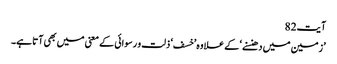
آیت82
’زمین میں دھنسنے‘ کے علاوہ ’خسف ‘ ذلت و رسوائی کے معنی میں بھی آتا ہے۔